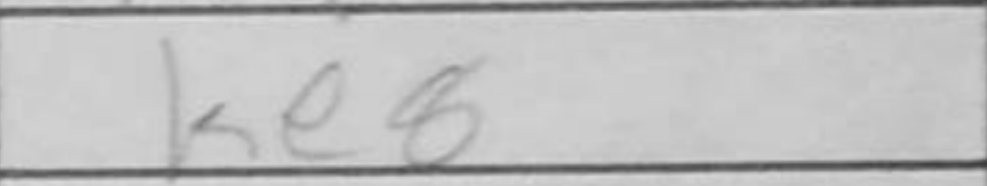
Transcription: Ke8